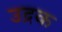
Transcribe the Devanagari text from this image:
उद्रक